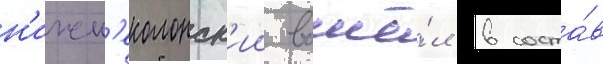
н'ижн'еколонск'ии вошё́л в соста́в